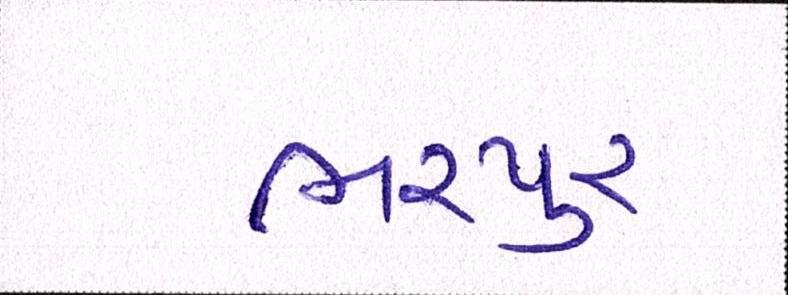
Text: ભરપુર